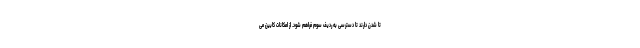
تا شدن دارند تا دسترسی به ردیف سوم فراهم شود. از امکانات کابین می